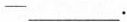
—___.